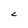
Character: C